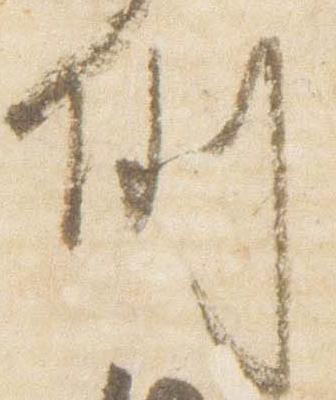
例